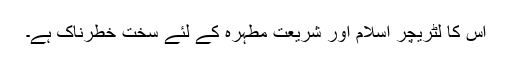
اس کا لٹریچر اسلام اور شریعت مطہرہ کے لئے سخت خطرناک ہے۔